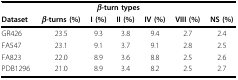
<table><thead><tr><td colspan="7"><b><i>β</i>-turn types</b></td></tr><tr><td><b>Dataset</b></td><td><b><i>β</i>-turns (%)</b></td><td><b>I (%)</b></td><td><b>II (%)</b></td><td><b>IV (%)</b></td><td><b>VIII (%)</b></td><td><b>NS (%)</b></td></tr></thead><tbody><tr><td>GR426</td><td>23.5</td><td>9.3</td><td>3.8</td><td>9.4</td><td>2.7</td><td>2.4</td></tr><tr><td>FA547</td><td>23.1</td><td>9.1</td><td>3.7</td><td>9.1</td><td>2.8</td><td>2.5</td></tr><tr><td>FA823</td><td>22.0</td><td>8.9</td><td>3.6</td><td>8.8</td><td>2.5</td><td>2.6</td></tr><tr><td>PDB1296</td><td>21.0</td><td>8.9</td><td>3.4</td><td>8.2</td><td>2.5</td><td>2.7</td></tr></tbody></table>